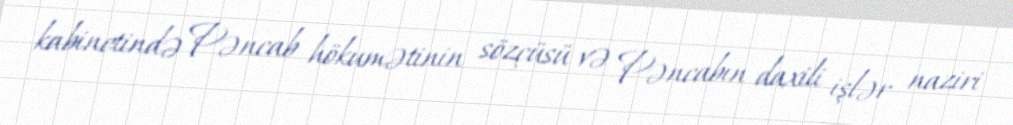
kabinetində Pəncab hökumətinin sözçüsü və Pəncabın daxili işlər naziri